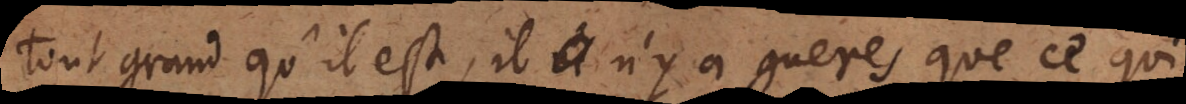
tout grand qu’il est, il n’y a gueres que ce qui